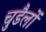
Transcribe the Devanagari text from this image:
चुडैलों